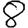
Digit: 8